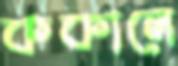
ককালে